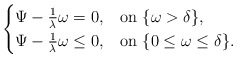
\begin{align*}\begin{cases}\Psi -\frac{1}{\lambda}\omega =0, &\mathrm{on}\ \{\omega >\delta \},\\\Psi -\frac{1}{\lambda}\omega \le0, &\mathrm{on}\ \{0\le \omega \le \delta \}.\\\end{cases}\end{align*}